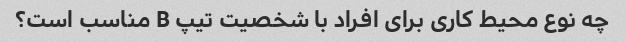
چه نوع محیط کاری برای افراد با شخصیت تیپ B مناسب است؟